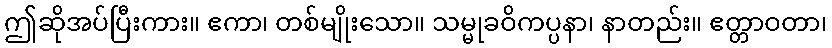
ဤဆိုအပ်ပြီးကား။ ဧကာ၊ တစ်မျိုးသော။ သမ္မုခဝိကပ္ပနာ၊ နာတည်း။ ဧတ္တာဝတာ၊